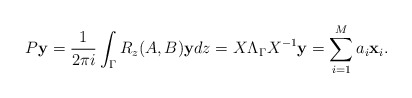
\begin{align*}P{\bf y}= \dfrac{1}{2 \pi i} \int_{\Gamma} R_z(A, B) {\bf y} dz=X\Lambda_{\Gamma}X^{-1}{\bf y}=\sum_{i=1}^M a_i \textbf{x}_i .\end{align*}